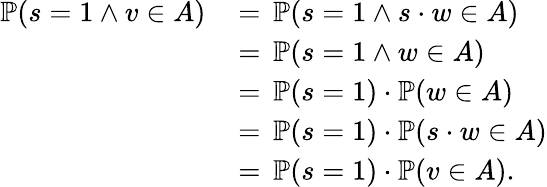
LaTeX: \begin{array}{rl}{\mathbb{P}(s=1\wedge v\in A)}&{\, =\, \mathbb{P}(s=1\wedge s\cdot w\in A)}\\ &{\, =\, \mathbb{P}(s=1\wedge w\in A)}\\ &{\, =\, \mathbb{P}(s=1)\cdot\mathbb{P}(w\in A)}\\ &{\, =\, \mathbb{P}(s=1)\cdot\mathbb{P}(s\cdot w\in A)}\\ &{\, =\, \mathbb{P}(s=1)\cdot\mathbb{P}(v\in A).}\end{array}